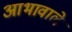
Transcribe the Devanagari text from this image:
आभावाले